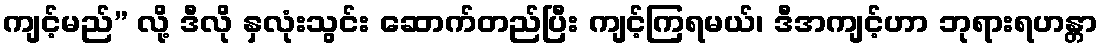
ကျင့်မည်” လို့ ဒီလို နှလုံးသွင်း ဆောက်တည်ပြီး ကျင့်ကြရမယ်၊ ဒီအကျင့်ဟာ ဘုရားရဟန္တာ